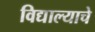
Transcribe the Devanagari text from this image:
विद्याल्याचे